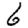
Digit: 6